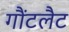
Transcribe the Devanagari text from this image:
गौंटलैट